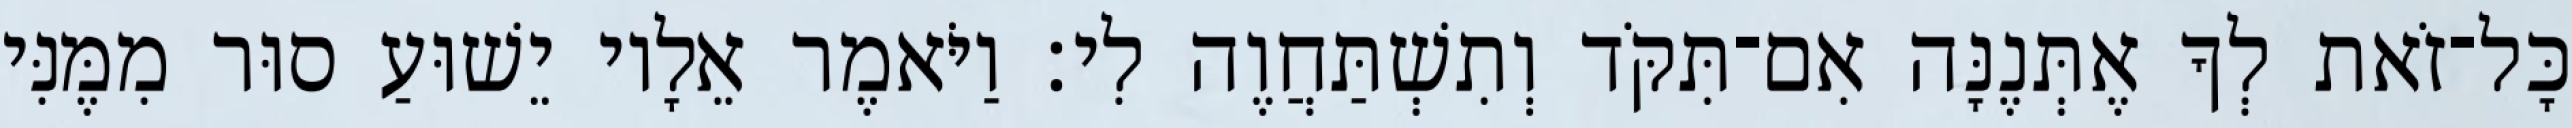
כָּל־זֹאת לְךָ אֶתְּנֶנָּה אִם־תִּקֹּד וְתִשְׁתַּחֲוֶה לִי׃ וַיֹּאמֶר אֵלָיו יֵשׁוּעַ סוּר מִמֶּנִּי